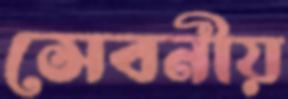
সেবনীয়